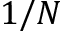
1 / N